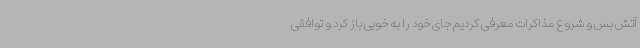
آتش بس و شروع مذاکرات معرفی کردیم جای خود را به خوبی باز کرد و توافقی